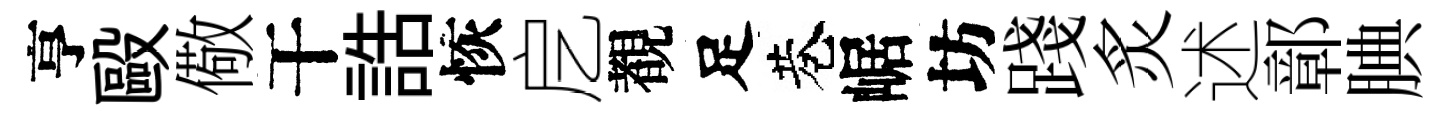
亨毆儆干誥恢戹覩足巷崌坊踐炙述鄣腆